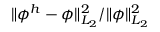
\| \phi ^ { h } - \phi \| _ { L _ { 2 } } ^ { 2 } / \| \phi \| _ { L _ { 2 } } ^ { 2 }